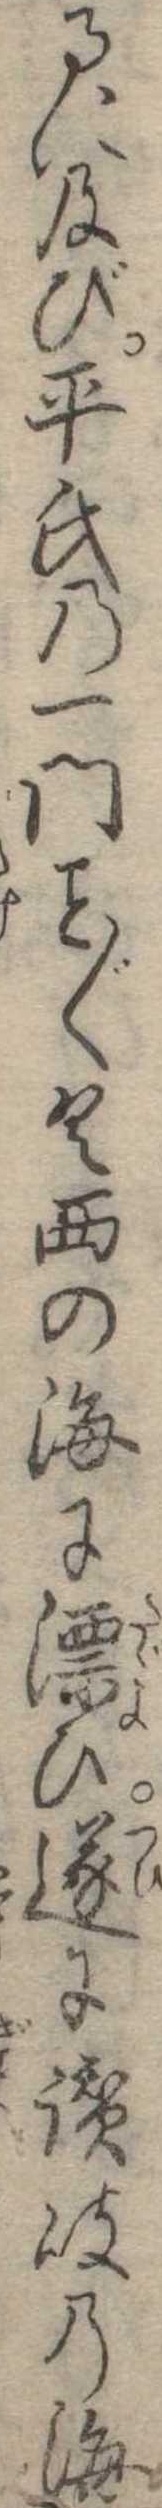
るに及び平氏の一門〱く西の海に漂ひ逐に讃岐の海